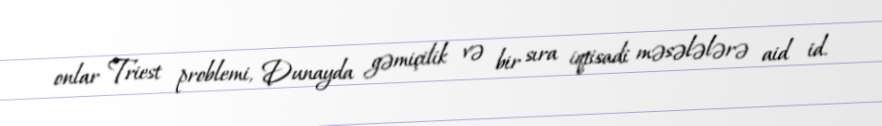
onlar Triest problemi, Dunayda gəmiçilik və bir sıra iqtisadi məsələlərə aid id.